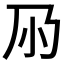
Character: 𡭘